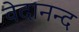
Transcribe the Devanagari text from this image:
वेदानन्द